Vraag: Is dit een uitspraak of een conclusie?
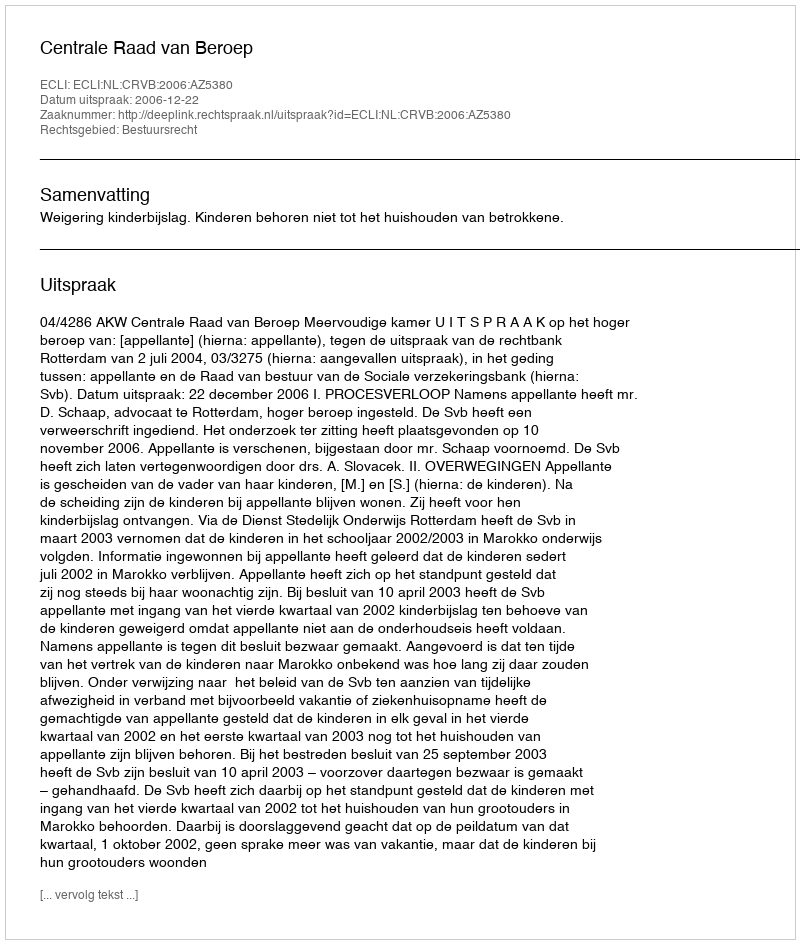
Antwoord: Uitspraak